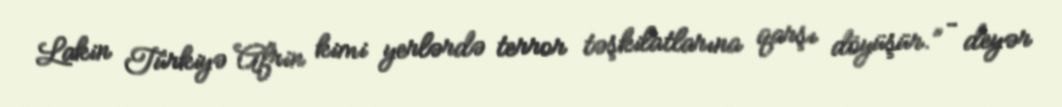
Lakin Türkiyə Afrin kimi yerlərdə terror təşkilatlarına qarşı döyüşür.” – deyər